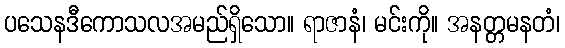
ပသေနဒီကောသလအမည်ရှိသော။ ရာဇာနံ၊ မင်းကို။ အနတ္တမနတံ၊